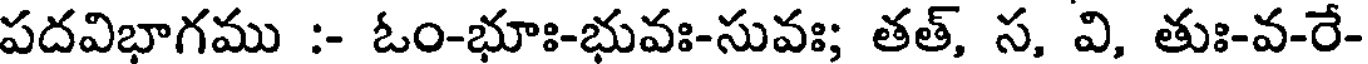
పదవిభాగము :- ఓం-భూః-భువః-సువః; తత్, స, వి, తుః-వ-రే-